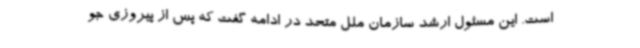
است. این مسئول ارشد سازمان ملل متحد در ادامه گفت که پس از پیروزی جو